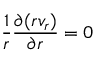
\frac { 1 } { r } \frac { \partial ( r v _ { r } ) } { \partial r } = 0